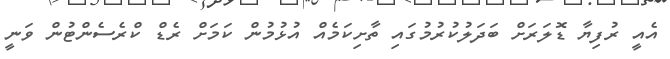
އެއީ ރުފިޔާ ޑޮލަރަށް ބަދަލުކުރުމުގައި ތާށިކަމެއް އުޅުމުން ކަމަށް ރެޑް ކްރެސެންޓުން ވަނީ